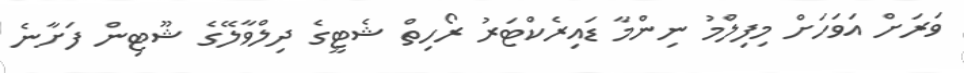
ވަރަށް އަވަހަށް މިފިލްމު ނިންމާ ޑައިރެކްޓަރު ރޯހިތް ޝެޓީގެ ދިލްވާލޭގެ ޝޫޓިން ފަށާނެ